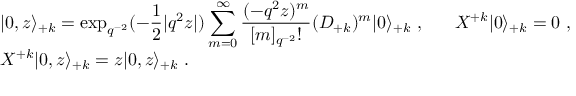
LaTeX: \begin{array} { l } { { \vert 0 , z \rangle _ { + k } = \displaystyle \exp _ { q ^ { - 2 } } ( - \frac { 1 } { 2 } | q ^ { 2 } z | ) \sum _ { m = 0 } ^ { \infty } \frac { ( - q ^ { 2 } z ) ^ { m } } { [ m ] _ { q ^ { - 2 } } ! } ( { \cal D } _ { + k } ) ^ { m } \vert 0 \rangle _ { + k } ~ , ~ ~ ~ ~ ~ { \cal X } ^ { + k } \vert 0 \rangle _ { + k } = 0 ~ , } } \\ { { { \cal X } ^ { + k } \vert 0 , z \rangle _ { + k } = z \vert 0 , z \rangle _ { + k } ~ . } } \end{array}